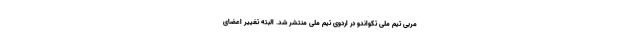
مربی تیم ملی تکواندو در اردوی تیم ملی منتشر شد. البته تغییر اعضای